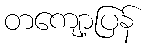
တကျော့ပြန်